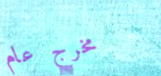
مخرج عام